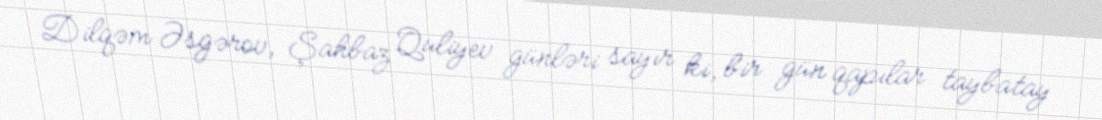
Dilqəm Əsgərov, Şahbaz Quliyev günləri sayır ki, bir gün qapılar taybatay